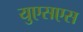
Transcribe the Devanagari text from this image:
युएसएस